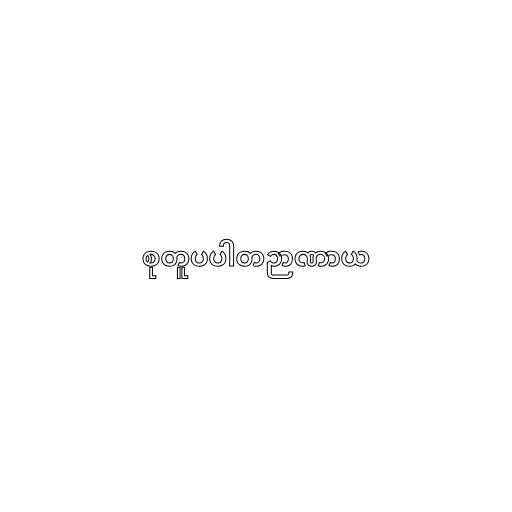
စုတူပပါတဉာဏာယ